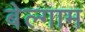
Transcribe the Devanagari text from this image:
बेल्गाम